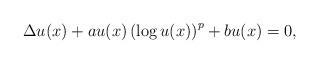
LaTeX: \begin{align*}\Delta u(x) + au(x)\left(\log u(x)\right)^{p}+bu(x)=0,\end{align*}